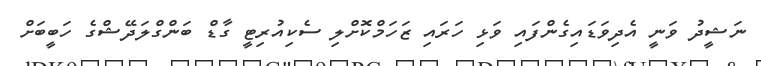
ނަޝީދު ވަނީ އެދިވަޑައިގެންފައި ވަޅި ހަރައި ޒަހަމްކޮށްލި ސެކިއުރިޓީ ގާޑް ބަންގްލަދޭޝްގެ ހަބީބަށް